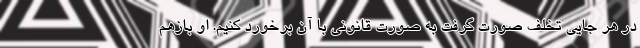
در هر جایی تخلف صورت گرفت به صورت قانونی با آن برخورد کنیم. او بازهم